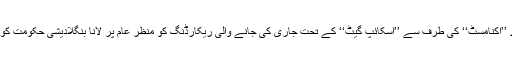
برطانوی جریدے ’’اکنامسٹ‘‘ کی طرف سے ’’اسکائپ گیٹ‘‘ کے تحت جاری کی جانے والی ریکارڈنگ کو منظر عام پر لانا بنگلادیشی حکومت کو بہت بُرا لگا ہے۔